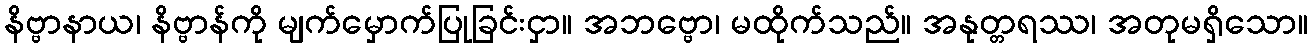
နိဗ္ဗာနာယ၊ နိဗ္ဗာန်ကို မျက်မှောက်ပြုခြင်းငှာ။ အဘဗ္ဗော၊ မထိုက်သည်။ အနုတ္တရဿ၊ အတုမရှိသော။